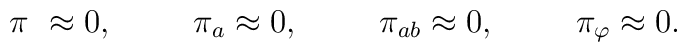
\pi_{\ } \approx 0, \hspace{1cm} \pi_a \approx 0, \hspace{1cm} \pi_{ab} \approx 0 , \hspace{1cm} \pi_\varphi \approx  0.